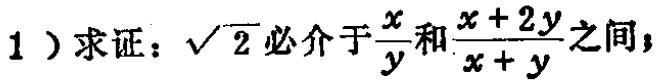
1）求证：\(\sqrt{2}\)必介于\(\frac{x}{y}\)和\(\frac{x + 2y}{x + y}\)之间；